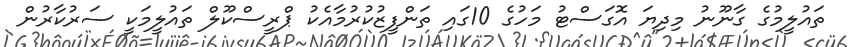
ތައުލީމުގެ ގާނޫނު މިދިޔަ އޮގަސްޓު މަހުގެ 10ގައި ތަންފީޒުކުރުމާއެކު ޕްރީސްކޫލް ތައުލީމަކީ ސަރުކާރުން